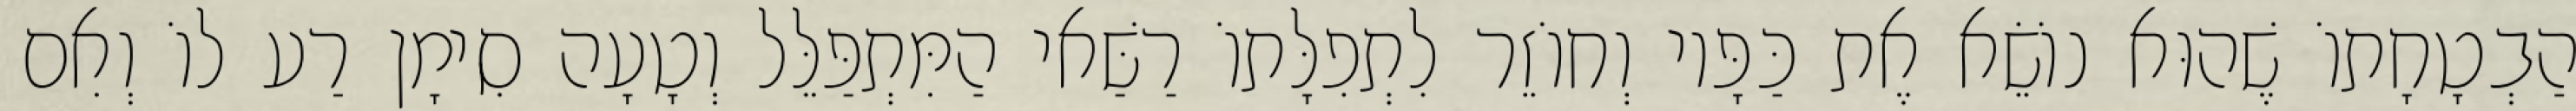
הַבְטָחָתוֹ שֶׁהוּא נוֹשֵׂא אֶת כַּפָּיו וְחוֹזֵר לִתְפִלָּתוֹ רַשַּׁאי הַמִּתְפַּלֵּל וְטָעָה סִימָן רַע לוֹ וְאִם